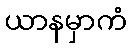
ယာနမှာကံ